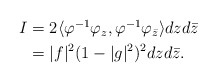
\begin{align*} \begin{aligned} I&=2\langle\varphi^{-1}\varphi_z,\varphi^{-1}\varphi_{\bar z}\rangle dzd\bar z\\ &=|f|^2(1-|g|^2)^2dzd\bar z. \end{aligned}\end{align*}